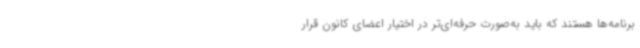
برنامه‌ها هستند که باید به‌صورت حرفه‌ای‌تر در اختیار اعضای کانون قرار